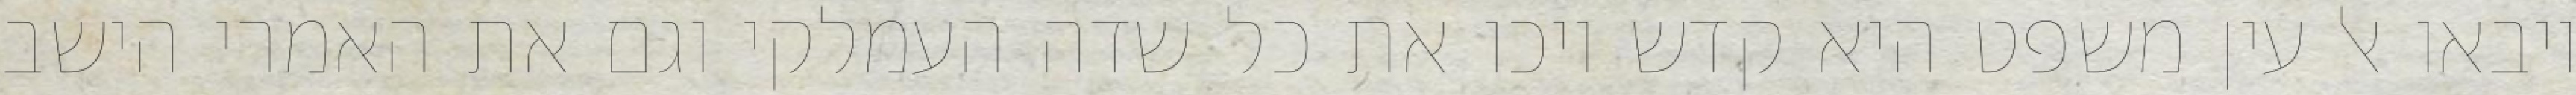
ויבאו אל עין משפט היא קדש ויכו את כל שדה העמלקי וגם את האמרי הישב